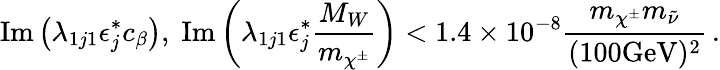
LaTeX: \mathrm{Im}\left(\lambda_{1j1}\epsilon_{j}^{*}c_{\beta}\right),\; \mathrm{Im}\left(\lambda_{1j1}\epsilon_{j}^{*}{\frac{M_{W}}{m_{\chi^{\pm}}}}\right)<1.4\times 10^{-8}{\frac{m_{\chi^{\pm}}m_{\tilde{\nu}}}{(100\mathrm{GeV})^{2}}}\, .